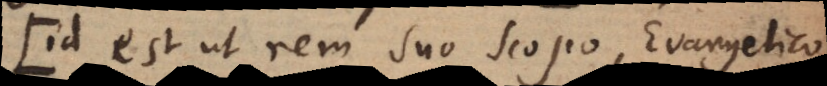
id est ut rem suo scopo, Evangelico